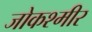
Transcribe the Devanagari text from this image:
जोकश्मीर